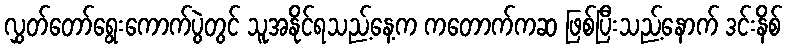
လွှတ်တော်ရွေးကောက်ပွဲတွင် သူအနိုင်ရသည့်နေ့က ကတောက်ကဆ ဖြစ်ပြီးသည့်နောက် ဒင်းနိစ်